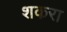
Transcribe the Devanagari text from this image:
शकरा